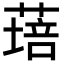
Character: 𦹷